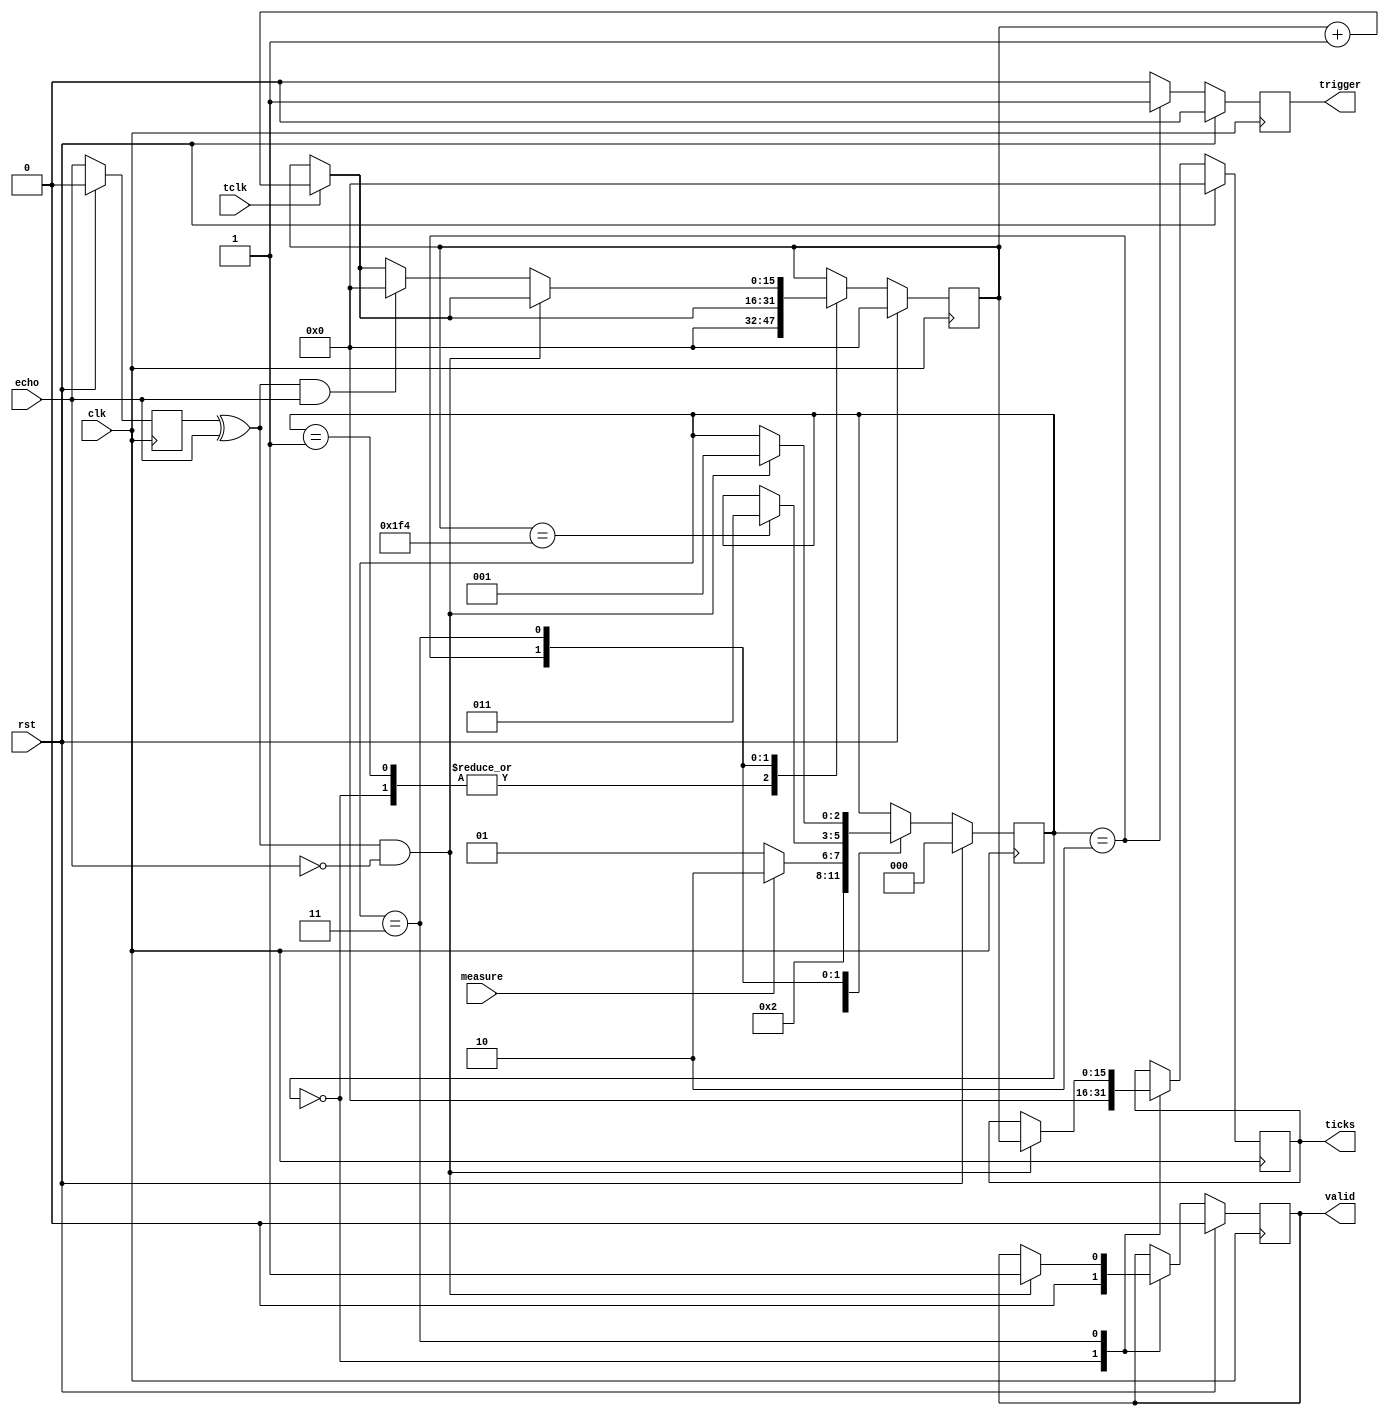
module hcsr04 #(
	parameter TRIGGER_DURATION = 500,
	parameter MAX_COUNT = 3000000
)(
	input rst,
	input clk,
	input tclk,
	input measure,
	input echo,
	
	output reg [15:0] ticks,
	output reg valid,
	output reg trigger
    );
	 
    localparam STATE_SIZE = 3,
	 CTR_SIZE = 16;
    localparam STATE_RESET = 3'd0,
    STATE_IDLE = 3'd1,
    STATE_TRIGGER = 3'd2,
	 STATE_COUNT = 3'd3,
	 STATE_COOLDOWN = 3'd4;
	 
	 reg [CTR_SIZE-1:0] ctr_d, ctr_q;
	 reg [STATE_SIZE-1:0] state_d, state_q;
	 reg [15:0] ticks_d;
	 reg trigger_d, valid_d;
	 reg echo_old;
	 
	 reg echo_chg, echo_pos, echo_neg;
	 
	 
	 always @(*) begin
		echo_chg = echo_old ^ echo;
		echo_pos = echo_chg & echo;
		echo_neg = echo_chg & (~echo);
		ctr_d = ctr_q;
		state_d = state_q;
		trigger_d = 0;
		valid_d = valid;
		ticks_d = ticks;
		
		case (state_q)
			STATE_RESET: begin
				ctr_d = 0;
				valid_d = 0;
				ticks_d = 0;
				state_d = STATE_IDLE;
			end
			STATE_IDLE: begin
				ctr_d = 0;
				if(measure) begin
					state_d = STATE_TRIGGER;
				end else begin
					state_d = STATE_IDLE;
				end
			end
			STATE_TRIGGER: begin
				if(tclk) begin
					ctr_d = ctr_q + 1;
				end
				trigger_d = 1'b1;
				if(ctr_q == TRIGGER_DURATION) begin
					state_d = STATE_COUNT;
				end
			end
			STATE_COUNT: begin
				if(tclk) begin
					ctr_d = ctr_q + 1;
				end
				if(ctr_q == MAX_COUNT) begin
					ticks_d = MAX_COUNT;
					state_d = STATE_IDLE;
				end else if(echo_neg) begin
					ticks_d = ctr_q;
					valid_d = 1'b1;
					state_d = STATE_IDLE;
				end else if(echo_pos) begin
					ctr_d = 0;
				end
			end
		endcase
	 end

    always @(posedge clk) begin
        if (rst) begin
            state_q <= STATE_RESET;
				ctr_q   <= 0;
				ticks   <= 0;
				valid   <= 0;
				trigger <= 0;
				echo_old <= 0;
        end else begin
				state_q <= state_d;
				ctr_q   <= ctr_d;
				ticks   <= ticks_d;
				valid   <= valid_d;
				trigger <= trigger_d;
				echo_old <= echo;
		  end
	 end 

endmodule